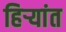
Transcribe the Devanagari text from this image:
हिर्‍यांत